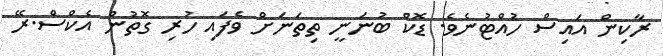
ރާކިން އައިސް ހުއްޓުނެވެ. ޑޮކް ބުނަނީ ތިތަނަށް ވެފައި ހުރި ގޮތުން އެކްސް.ރޭ